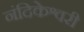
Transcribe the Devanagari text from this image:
नंदिकेश्वरी